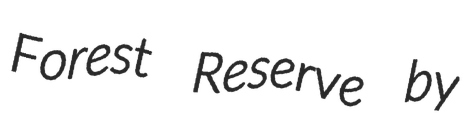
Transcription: Forest Reserve by